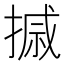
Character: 𪮗